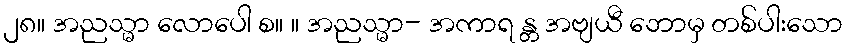
၂၈။ အညသ္မာ လောပေါ စ။ ။ အညသ္မာ- အကာရ န္တ အဗျယီ ဘောမှ တစ်ပါးသော